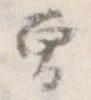
そ